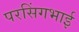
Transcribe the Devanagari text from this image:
परसिंगभाई